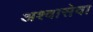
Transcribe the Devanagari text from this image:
अश्वासेवा